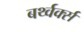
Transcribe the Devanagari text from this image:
बर्थ्वर्क्स